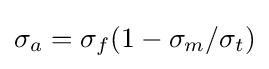
\sigma _{a}=\sigma _{f}(1-\sigma _{m}/\sigma _{t})